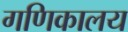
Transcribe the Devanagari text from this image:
गणिकालय